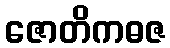
ဇောတိကဓဇ